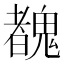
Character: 䰩